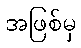
အဖြစ်မှ